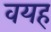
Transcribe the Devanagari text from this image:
वयह